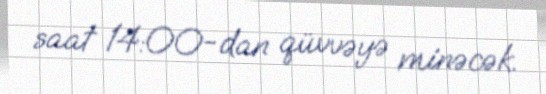
saat 14:00-dan qüvvəyə minəcək.